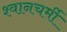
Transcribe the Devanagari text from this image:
श्वानचर्मी